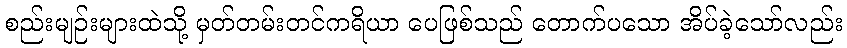
စည်းမျဉ်းများထဲသို့ မှတ်တမ်းတင်ကရိယာ ပေဖြစ်သည် တောက်ပသော အိပ်ခဲ့သော်လည်း